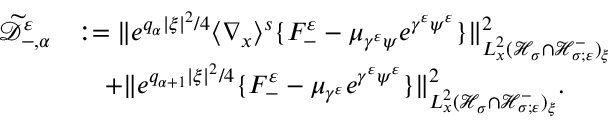
\begin{array} { r l } { \widetilde { \mathscr D } _ { - , \alpha } ^ { \varepsilon } } & { : = \| e ^ { q _ { \alpha } | \xi | ^ { 2 } / 4 } \langle \nabla _ { x } \rangle ^ { s } \{ F _ { - } ^ { \varepsilon } - \mu _ { \gamma ^ { \varepsilon } \psi } e ^ { \gamma ^ { \varepsilon } \psi ^ { \varepsilon } } \} \| _ { L _ { x } ^ { 2 } ( \mathcal H _ { \sigma } \cap \mathcal H _ { \sigma ; \varepsilon } ^ { - } ) _ { \xi } } ^ { 2 } } \\ & { \quad + \| e ^ { q _ { \alpha + 1 } | \xi | ^ { 2 } / 4 } \{ F _ { - } ^ { \varepsilon } - \mu _ { \gamma ^ { \varepsilon } } e ^ { \gamma ^ { \varepsilon } \psi ^ { \varepsilon } } \} \| _ { L _ { x } ^ { 2 } ( \mathcal H _ { \sigma } \cap \mathcal H _ { \sigma ; \varepsilon } ^ { - } ) _ { \xi } } ^ { 2 } . } \end{array}